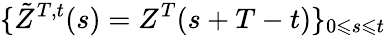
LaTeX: \{ \tilde{Z}^{T,t}(s)=Z^{T}(s+T-t)\} _{0\leqslant s\leqslant t}